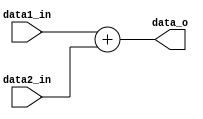
module Add_pc(
	data1_in, 
	data2_in, 
	data_o
);

input	[31:0]	data1_in; 
input	[31:0]	data2_in;
output	[31:0]	data_o;

assign data_o = data1_in + data2_in;

endmodule